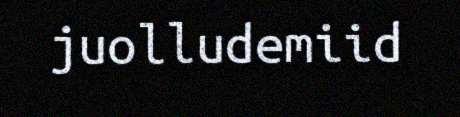
juolludemiid